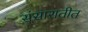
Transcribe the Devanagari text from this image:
संसारातीत